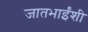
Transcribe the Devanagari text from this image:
जातभाईंशी